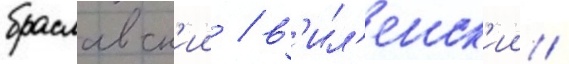
браславск'ии / в'ил'енск'ии /